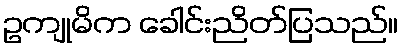
ဥကျုမိက ခေါင်းညိတ်ပြသည်။